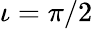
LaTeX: \iota=\pi/2